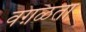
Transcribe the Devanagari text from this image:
वग़ळता